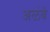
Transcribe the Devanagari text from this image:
अळंबे